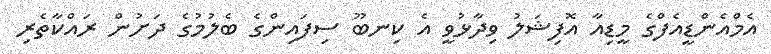
އެމްއެންޑީއެފްގެ މީޑިއާ އޮފިޝަލު ވިދާޅުވީ އެ ކިނބޫ ސިފައިންގެ ބެލުމުގެ ދަށުން ރައްކާތެރި